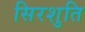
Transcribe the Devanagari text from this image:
सिरशुति